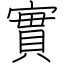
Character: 實